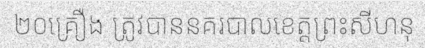
២០គ្រឿង ត្រូវបាននគរបាលខេត្តព្រះសីហនុ